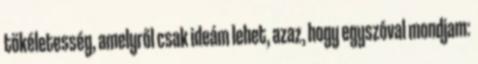
tökéletesség, amelyről csak ideám lehet, azaz, hogy egyszóval mondjam: